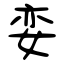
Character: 娈